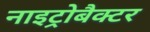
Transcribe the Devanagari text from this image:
नाइट्रोबैक्टर